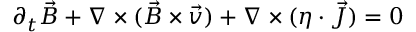
\partial _ { t } \vec { B } + \nabla \times ( \vec { B } \times \vec { v } ) + \nabla \times ( \eta \cdot \vec { J } ) = 0